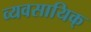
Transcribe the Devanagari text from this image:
व्यवसायिक्